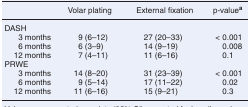
|  | Volar plating | External fixation | p-valuea |
 | --- | --- | --- | --- |
 | <COLSPAN=4> DASH |
 | 3 months | 9 (6–12) | 27 (20–33) | < 0.001 |
 | 6 months | 6 (3–9) | 14 (9–19) | 0.008 |
 | 12 months | 7 (4–11) | 11 (6–16) | 0.1 |
 | <COLSPAN=4> PRWE |
 | 3 months | 14 (8–20) | 31 (23–39) | < 0.001 |
 | 6 months | 9 (5–14) | 17 (11–22) | 0.02 |
 | 12 months | 11 (6–16) | 15 (9–21) | 0.3 |